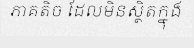
ភាគតិច ដែលមិនស្ថិតក្នុង